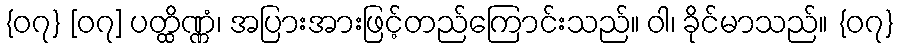
{၀၇} [၀၇] ပတ္ထိဏ္ဏံ၊ အပြားအားဖြင့်တည်ကြောင်းသည်။ ဝါ၊ ခိုင်မာသည်။ {၀၇}